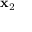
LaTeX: \mathbf { x } _ { 2 }